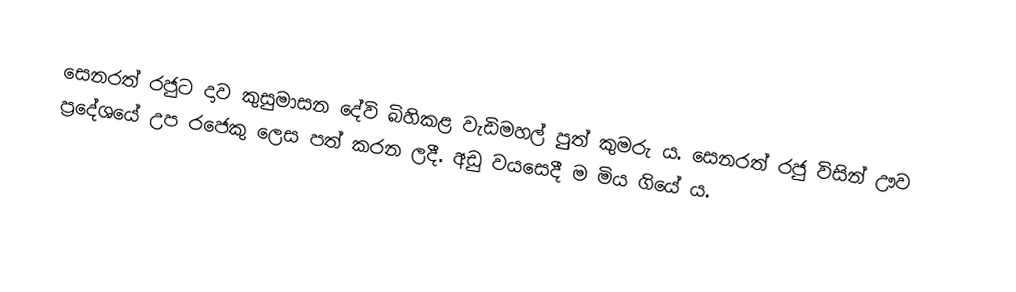
සෙනරත් රජුට දාව කුසුමාසන දේවි බිහිකළ වැඩිමහල් පුුත් කුමරු ය. සෙනරත් රජු විසින් ඌව ප්‍රදේශයේ උප රජෙකු ලෙස පත් කරන ලදී. අඩු වයසෙදී ම මිය ගියේ ය.